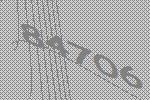
84706